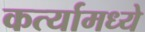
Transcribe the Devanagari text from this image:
कर्त्यामध्ये